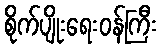
စိုက်ပျိုးရေးဝန်ကြီး